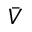
\bar { V }